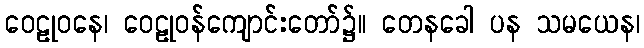
ဝေဠုဝနေ၊ ဝေဠုဝန်ကျောင်းတော်၌။ တေနခေါ ပန သမယေန၊